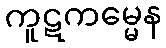
ကူဋကမ္မေန